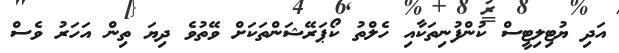
އަދި ޔުޓިލިޓީސް ކުންފުނިތަކާއި ހެލްތު ކޯޕަރޭޝަންތަކަށް ވޭތުވެ ދިޔަ ތިން އަހަރު ވެސް